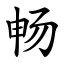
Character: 畅